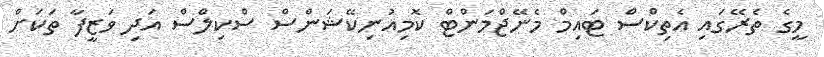
މީގެ ތެރޭގައި އެތިކްސް ޓައިމް މެނޭޖްމަންޓް ކޮމިއުނިކޭޝަންސް ސްކިލްސް އަދި ވަޒީފާ ތަކަށް